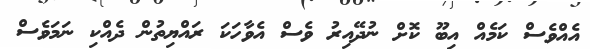
އެއްވެސް ކަމެއް އިބޫ ކޮށް ނުދޭއިރު ވެސް އެވާހަކަ ރައްޔިތުން ދެއްކި ނަމަވެސް